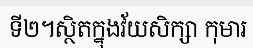
ទី២។ស្ថិតក្នុងវ័យសិក្សា កុមារ